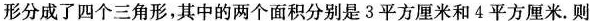
形分成了四个三角形，其中的两个面积分别是3平方厘米和4平方厘米。则